65_HS1-834228961_62-HQ-83894_Section_4
Agency: FBI
Page 74
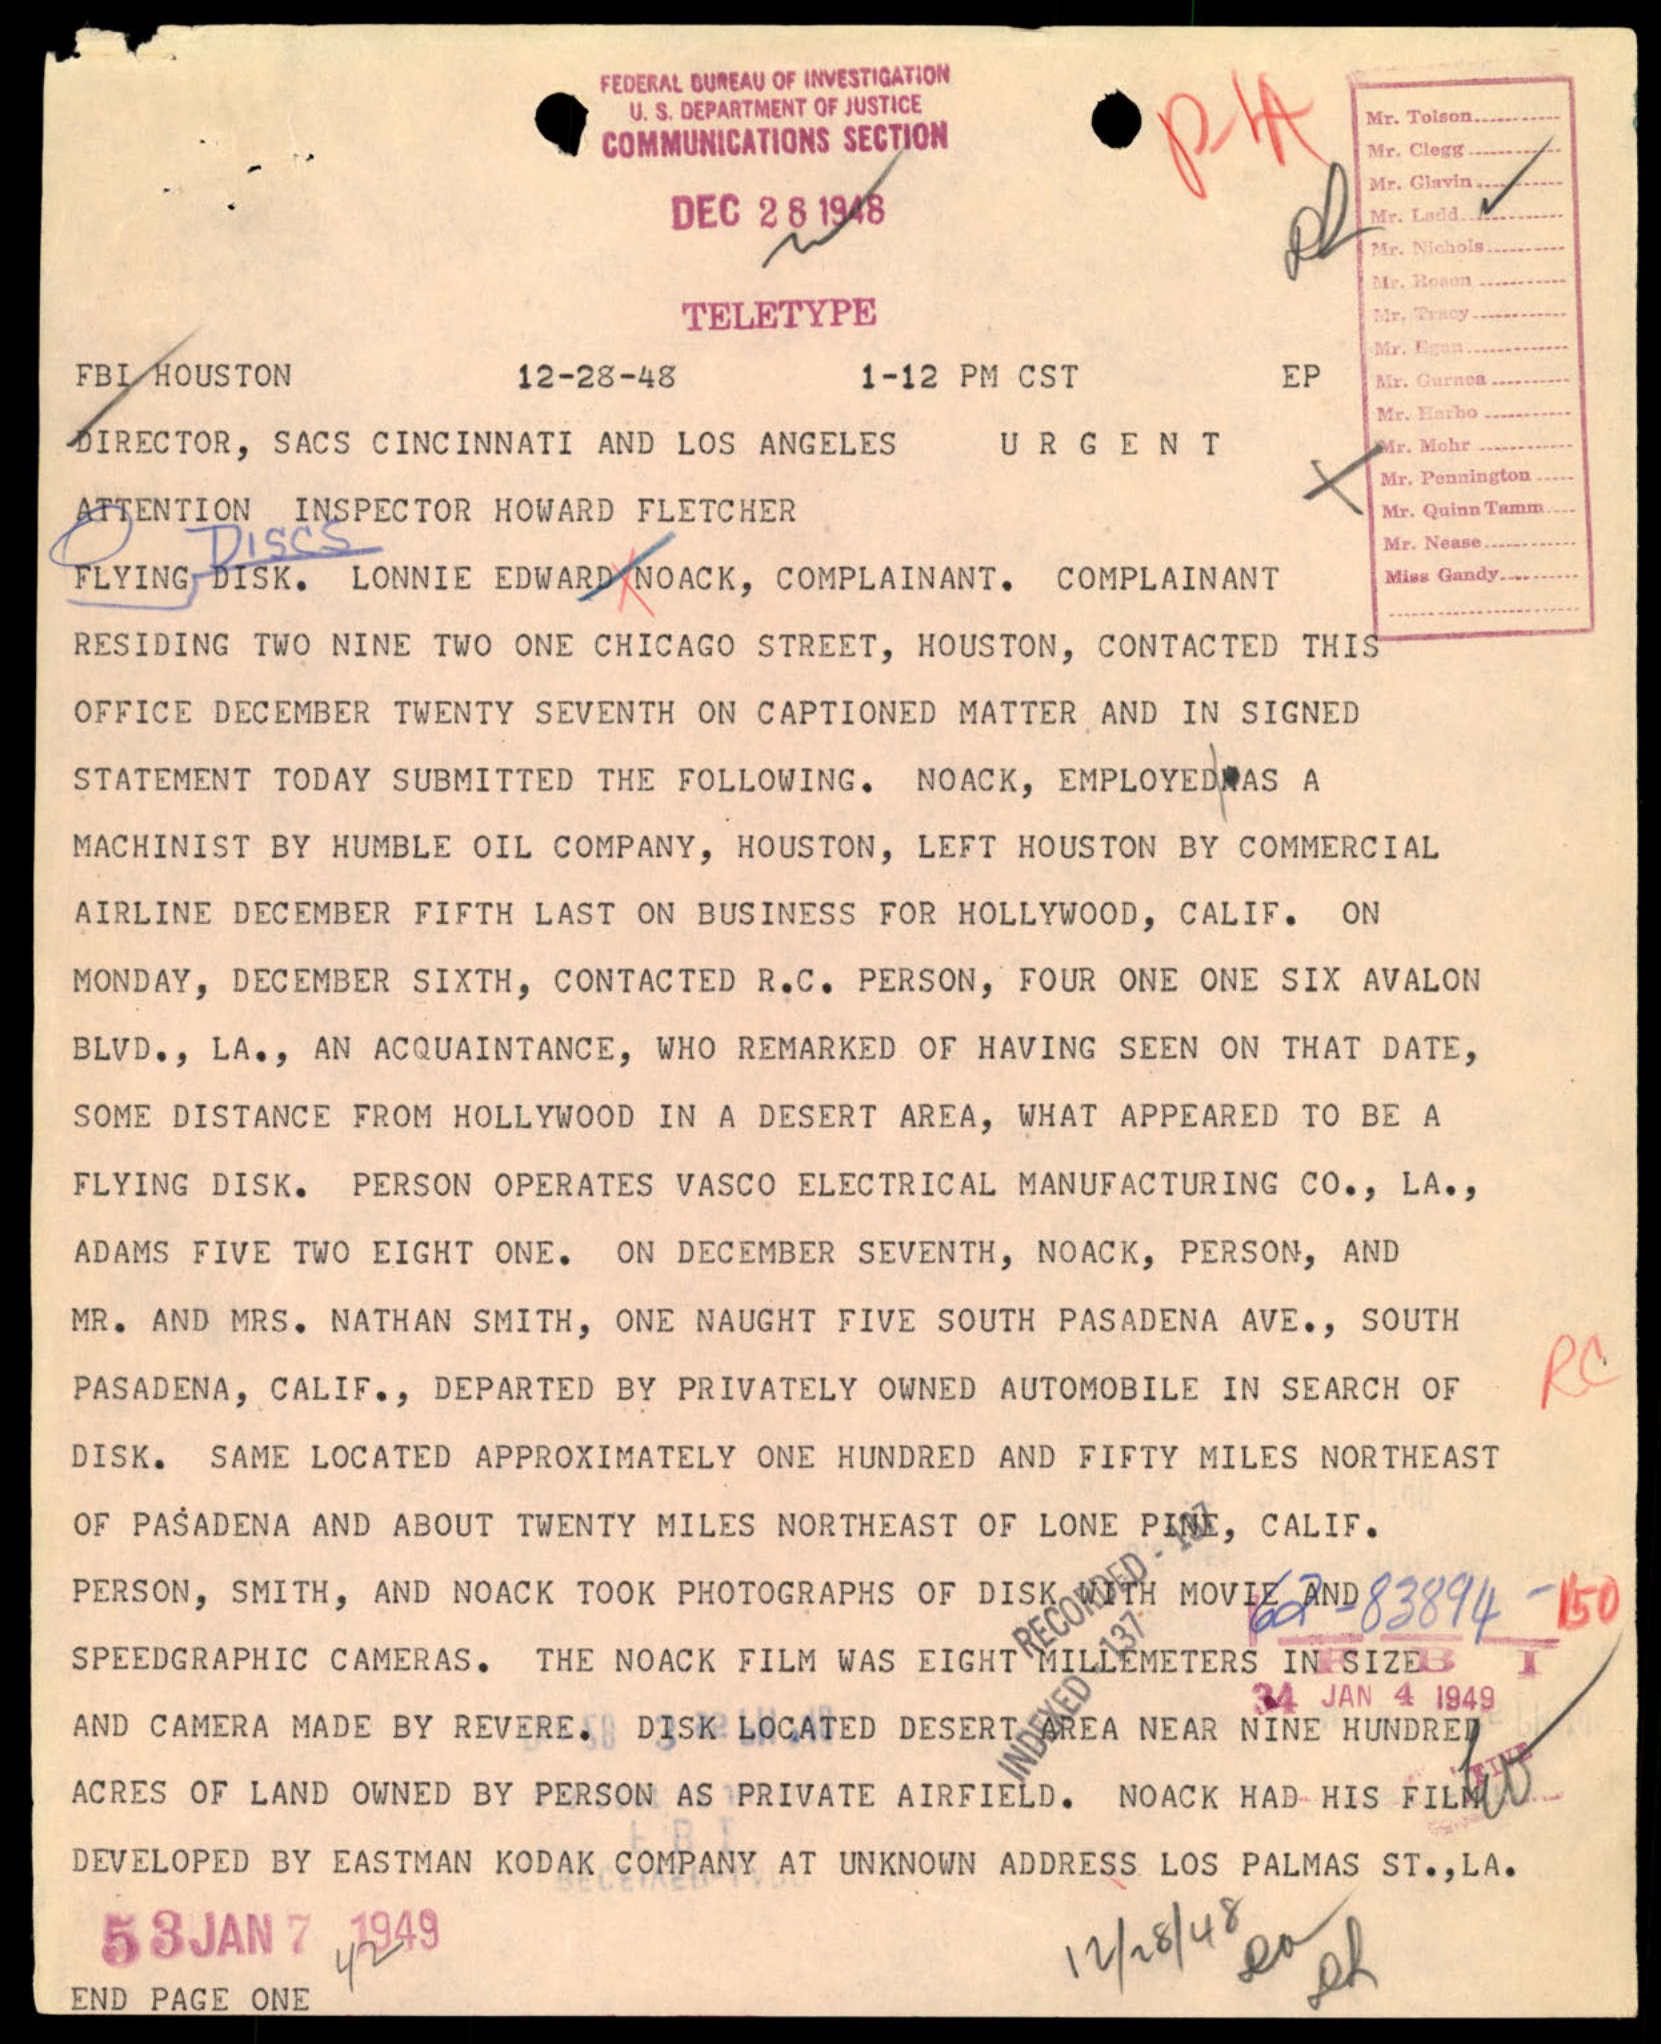